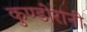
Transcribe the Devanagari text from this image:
कुण्‍डोरानी